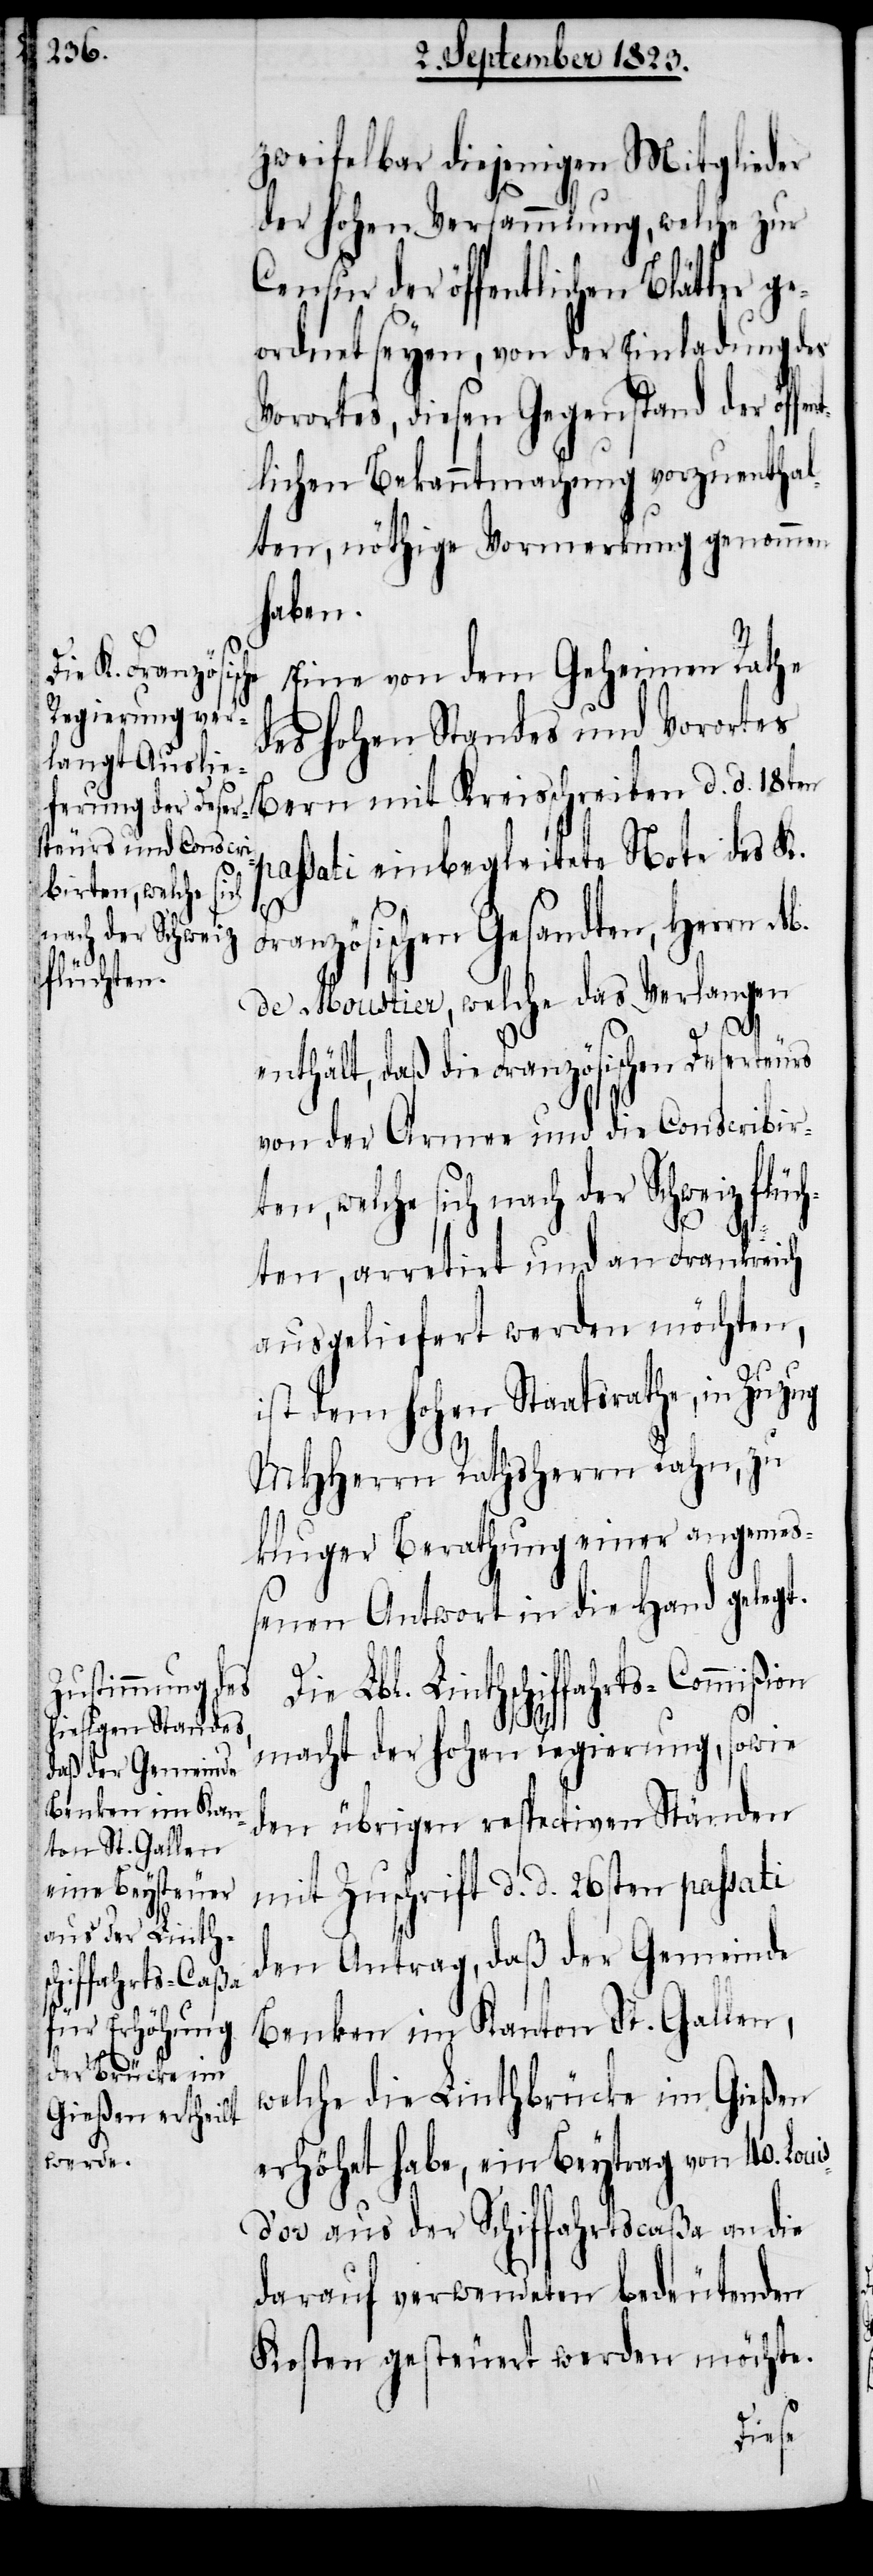
zweifelbar diejenigen Mitglieder
der hohen Versammlung, welche zur
Censur der öffentlichen Blätter g¬
eordnet seyen, von der Einladung des
Vorortes, diesen Gegenstand der öff¬
lichen Bekanntmachung vorzuenthal¬
ten, nöthige Vormerkung genommen
haben.
Eine von dem Geheimen Rathe
des hohen Standes und Vorortes
Bern mit Kreisschreiben d. d. 18ten
passati einbegleitete Note des K.
Französischen Gesandten, Herrn
de Moustier, welche das Verlangen
i¬
enthält, daß die Französischen Deserteurs
von der Armee und die Conscribir¬
ten, welche sich nach der Schweiz flüch¬
ent¬
ten, arretirt und an Frankreich
ausgeliefert werden möchten,
ist dem hohen Staatsrathe, in Zuzug
MHHerrn Rathsherrn Rahn, zu
kluger Berathung einer angemeß¬
enen Antwort in die Hand gelegt.
Lbl. Linthschiffahrts-Commißion
macht der hohen Regierung, sowie
den übrigen respectiven Ständen
mit Zuschrift d. d. 26sten passati
den Antrag, daß der Gemeinde
Benken im Kanton St. Gallen,
welche die Linthbrücke im Gießen
erhöhet habe, ein Beytrag von 40. Lou¬
s-d’or aus der Schiffahrtscaßa an die
darauf verwendeten bedeutenden
Kosten gesteuert werden möchte.